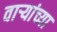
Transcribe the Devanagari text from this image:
वार्‍यांच्या